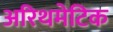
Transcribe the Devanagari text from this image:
अरिथमेटिक